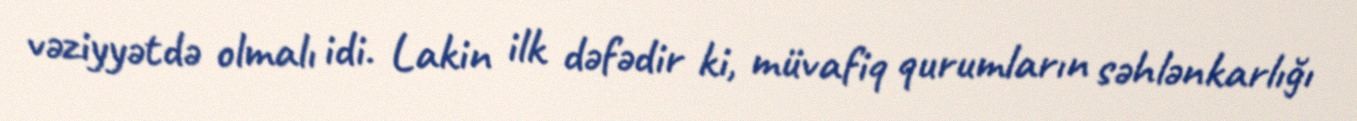
vəziyyətdə olmalı idi. Lakin ilk dəfədir ki, müvafiq qurumların səhlənkarlığı